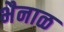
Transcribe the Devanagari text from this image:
भैनाळ